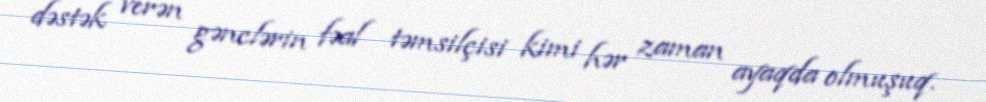
dəstək verən gənclərin fəal təmsilçisi kimi hər zaman ayaqda olmuşuq.